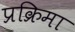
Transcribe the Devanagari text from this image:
प्रक्रिमा